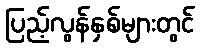
ပြည့်လွန်နှစ်များတွင်